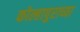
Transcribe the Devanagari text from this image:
कोल्हापुराच्या